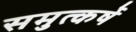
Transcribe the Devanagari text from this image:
समुत्कर्षे